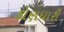
કોણધારી